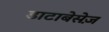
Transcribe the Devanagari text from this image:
डाटाबेसेज़